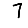
Digit: 7